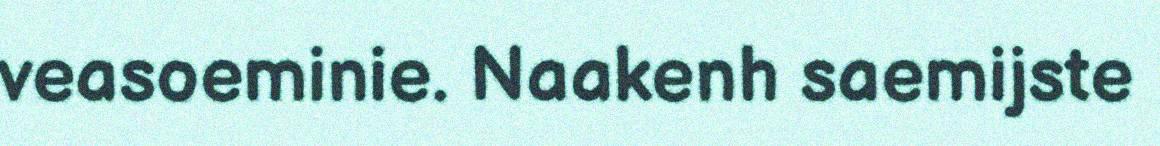
veasoeminie. Naakenh saemijste